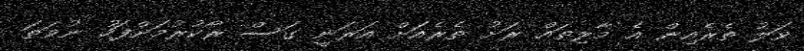
ވަލު ތެރެއިން އެ މާލިތައް ރަށު ތެރެއަށް އަރަނީ ގަސް ރޯކުރުމަށްފަހު ނުވަތަ